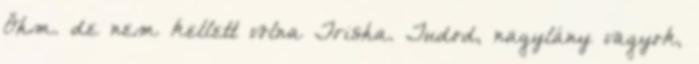
Öhm. de nem kellett volna Trisha. Tudod, nagylány vagyok,